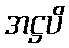
အဋ္ဌပိ